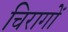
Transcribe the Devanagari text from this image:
चिरागों